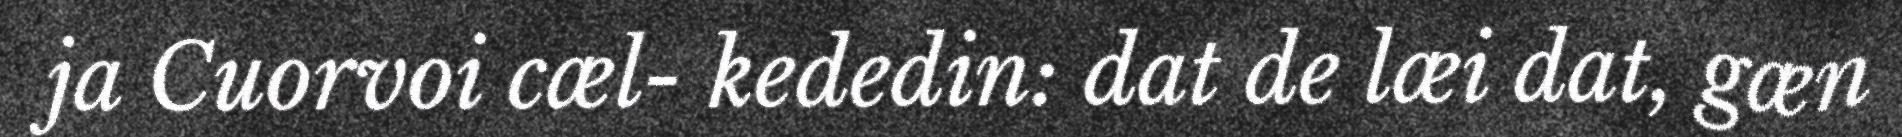
ja Cuorvoi cæl- kededin: dat de læi dat, gæn